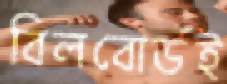
বিলবোর্ডই